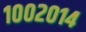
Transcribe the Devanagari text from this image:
१००२०१४